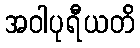
အဝါပုရီယတိ